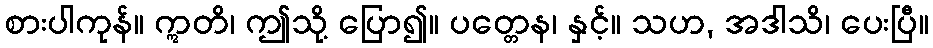
စားပါကုန်။ ဣတိ၊ ဤသို့ ပြော၍။ ပတ္တေန၊ နှင့်။ သဟ, အဒါသိ၊ ပေးပြီ။